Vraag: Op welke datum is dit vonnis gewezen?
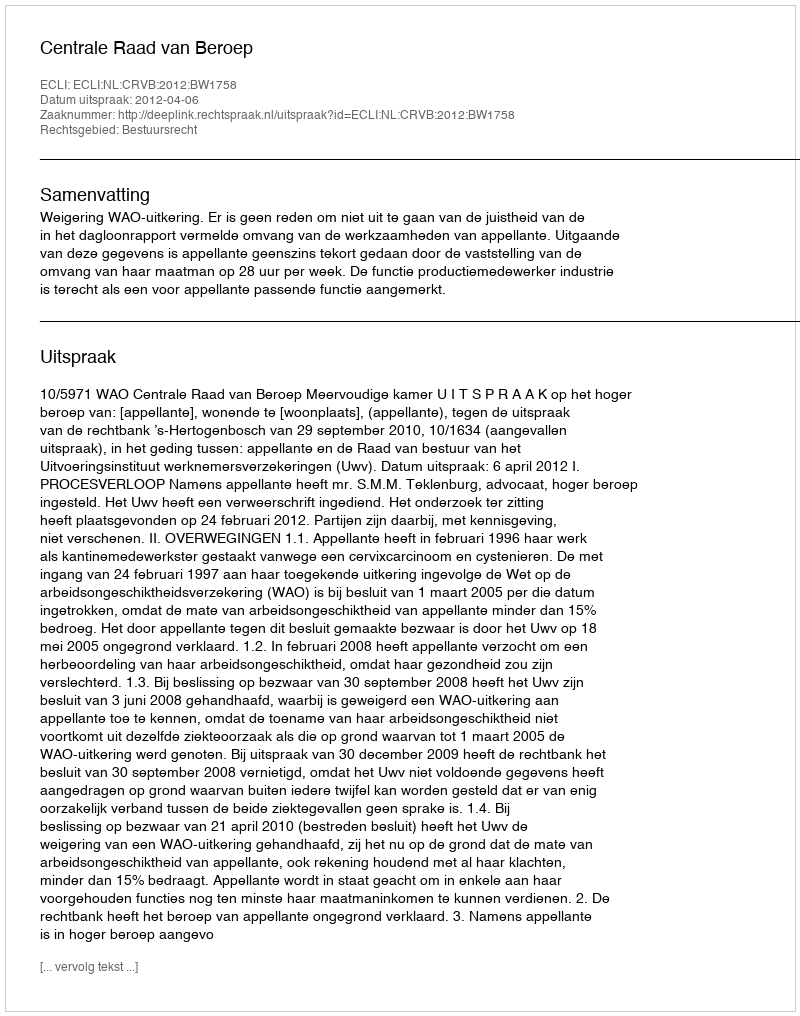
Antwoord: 2012-04-06